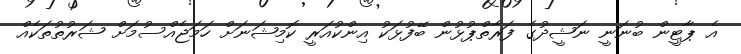
އެ ޕާޓީން ބުނަނީ ނަޝީދުގެ ފަރާތްޕުޅުން ބޭފުޅަކު އިންކުއަރީ ކޮމިޝަނަށް ހަމަޖެއްސުމަށް ޝަރުތުތަކެއް